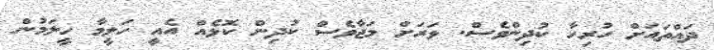
ދައްތައަށް ހުރިހާ ކުދިންވެސް. ވަރަށް މަޖާވެސް ކުދިން ކޮޅެއް އެއީ ހަލީމާ ހީލަމުން